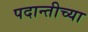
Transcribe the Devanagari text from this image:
पदान्तीच्या